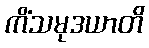
ကိံသမုဒယာတိ